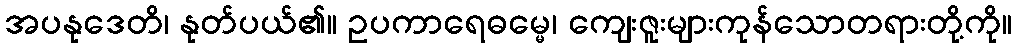
အပနုဒေတိ၊ နုတ်ပယ်၏။ ဥပကာရေဓမ္မေ၊ ကျေးဇူးများကုန်သောတရားတို့ကို။